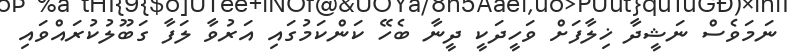
ނަމަވެސް ނަޝީދާ ޚިލާފަށް ވަހީދަކީ ދީނާ ބެހޭ ކަންކަމުގައި އަރުވާ ލަފާ ގަބޫލުކުރައްވައި